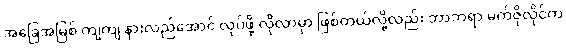
အခြေအမြစ် ကျကျ နားလည်အောင် လုပ်ဖို့ လိုလာမှာ ဖြစ်တယ်လို့လည်း ဘာဘရာ မက်ဇိုလိုင်က